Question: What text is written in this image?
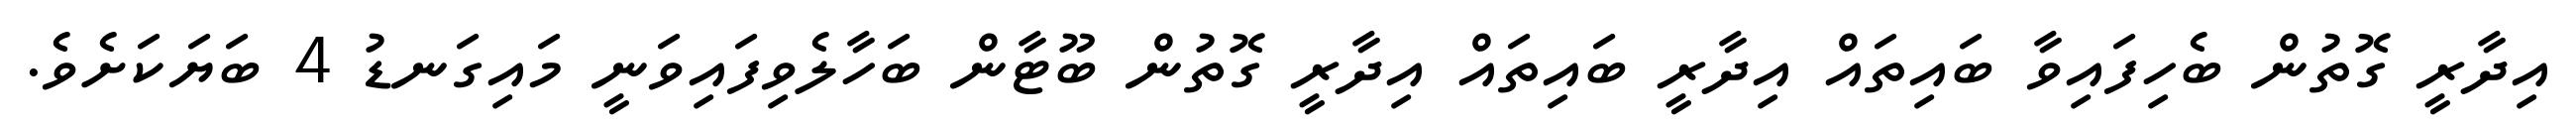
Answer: އިދާރީ ގޮތުން ބެހިފައިވާ ބައިތައް އިދާރީ ބައިތައް އިދާރީ ގޮތުން ބޫޓާން ބަހާލެވިފައިވަނީ މައިގަނޑު 4 ބަޔަކަށެވެ.